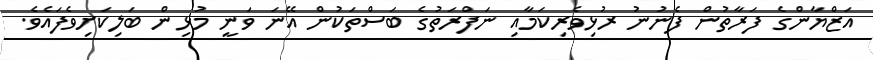
އަޒްޔާންގެ ފަރާތުން ފެނުނު ރުޅިވެރިކަމާއި ނަފްރަތުގެ ބަސްތަކުން އޭނަ ވަނީ މުޅިން ބަލިކަށިވެފައެވެ.